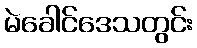
မဲခေါင်ဒေသတွင်း